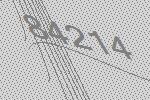
84214